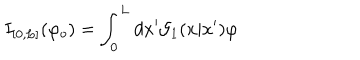
I _ { [ 0 , L ] } ( \varphi _ { o } ) = \int _ { 0 } ^ { L } d x ^ { \prime } { \cal G } _ { 1 } ( x | x ^ { \prime } ) \varphi